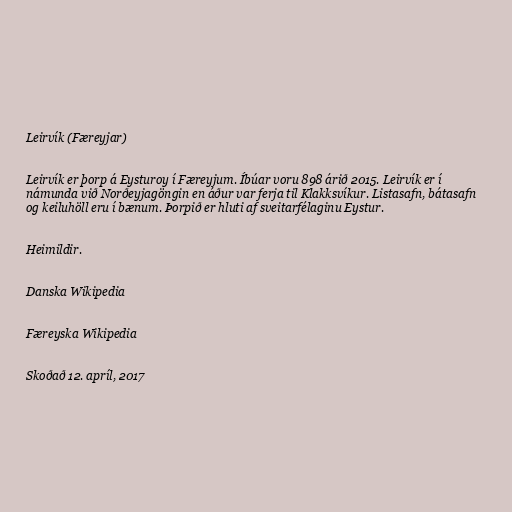
Leirvík (Færeyjar)

Leirvík er þorp á Eysturoy í Færeyjum. Íbúar voru 898 árið 2015. Leirvík er í
námunda við Norðeyjagöngin en áður var ferja til Klakksvíkur. Listasafn, bátasafn
og keiluhöll eru í bænum. Þorpið er hluti af sveitarfélaginu Eystur.

Heimildir.

Danska Wikipedia

Færeyska Wikipedia

Skoðað 12. apríl, 2017